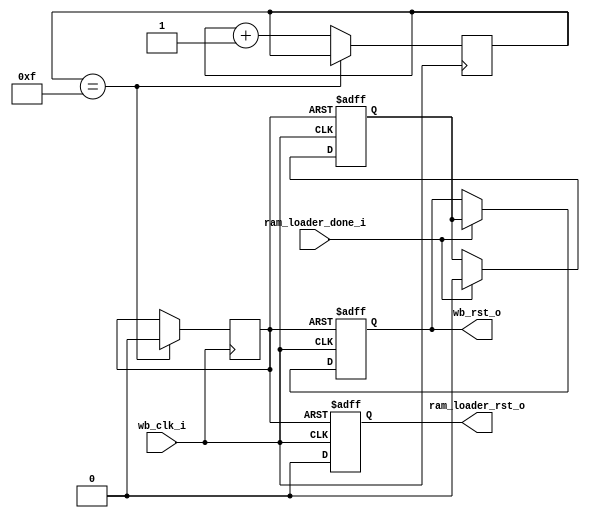
// System bootup order:
//    0 - Internal POR to reset this block.  Maybe control it from CPLD in the future?
//    1 - Everything in reset
//    2 - Take RAM Loader out of reset
//    3 - When RAM Loader done, take processor and wishbone out of reset

module system_control 
  (input wb_clk_i,
   output reg ram_loader_rst_o,
   output reg wb_rst_o,
   input ram_loader_done_i
   );

   reg 		POR = 1'b1;
   reg [3:0] 	POR_ctr;

   initial POR_ctr = 4'd0;
   always @(posedge wb_clk_i)
     if(POR_ctr == 4'd15)
       POR <= 1'b0;
     else
       POR_ctr <= POR_ctr + 4'd1;
   
   always @(posedge POR or posedge wb_clk_i)
     if(POR)
       ram_loader_rst_o <= 1'b1;
     else
       ram_loader_rst_o <= #1 1'b0;

   // Main system reset
   reg 		delayed_rst;
   
   always @(posedge POR or posedge wb_clk_i)
     if(POR)
       begin
	  wb_rst_o <= 1'b1;
	  delayed_rst <= 1'b1;
       end
     else if(ram_loader_done_i)
       begin
	  delayed_rst <= 1'b0;
	  wb_rst_o <= delayed_rst;
       end

endmodule // system_control